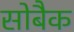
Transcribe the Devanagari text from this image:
सोबैक